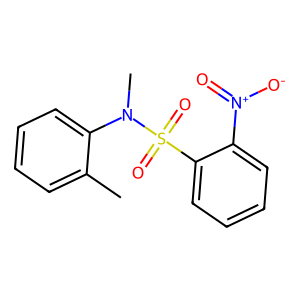
SMILES: Cc1ccccc1N(C)S(=O)(=O)c1ccccc1[N+](=O)[O-]
Inhibits HIV replication: No